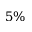
5 \%